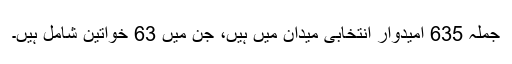
جملہ 635 امیدوار انتخابی میدان میں ہیں، جن میں 63 خواتین شامل ہیں۔